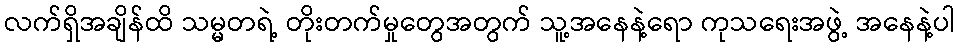
လက်ရှိအချိန်ထိ သမ္မတရဲ့ တိုးတက်မှုတွေအတွက် သူ့အနေနဲ့ရော ကုသရေးအဖွဲ့ အနေနဲ့ပါ